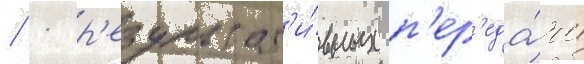
/ 1 р'езультат'и́вных п'ер'еда́чи